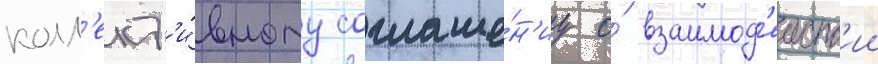
колл'ект'и́вному соглаше́н'иу о́ взаимод'еиств'ии